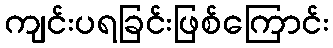
ကျင်းပရခြင်းဖြစ်ကြောင်း